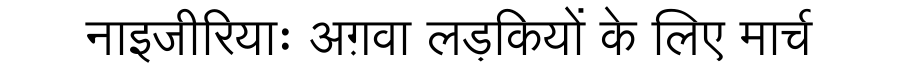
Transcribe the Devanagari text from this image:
नाइजीरियाः अग़वा लड़कियों के लिए मार्च